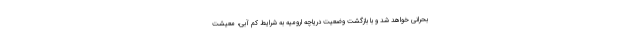
بحرانی خواهد شد و با بازگشت وضعیت دریاچه ارومیه به شرایط کم آبی، معیشت